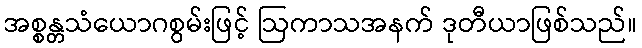
အစ္စန္တသံယောဂစွမ်းဖြင့် ဩကာသအနက် ဒုတီယာဖြစ်သည်။